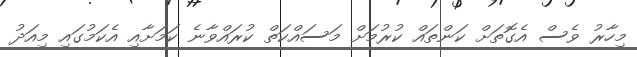
މިހާރު ވެސް އެގޮތަށް ކަންތައް ކުރުމަށް މަސައްކަތް ކުރައްވާނެ ކަމަށާއި އެކަމުގައި މިއަދު